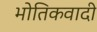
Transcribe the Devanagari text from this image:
भोतिकवादी